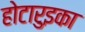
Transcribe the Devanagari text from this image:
होटारुइका